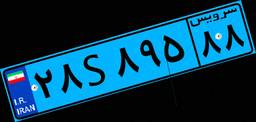
۲۸S۸۹۵۸۸